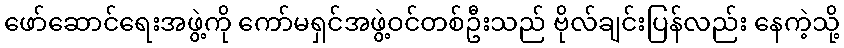
ဖော်ဆောင်ရေးအဖွဲ့ကို ကော်မရှင်အဖွဲ့ဝင်တစ်ဦးသည် ဗိုလ်ချင်းပြန်လည်း နေကဲ့သို့